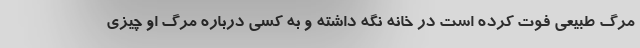
مرگ طبیعی فوت کرده است در خانه نگه داشته و به کسی درباره مرگ او چیزی